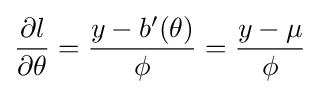
{\frac {\partial l}{\partial \theta }}={\frac {y-b'(\theta )}{\phi }}={\frac {y-\mu }{\phi }}